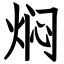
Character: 焖